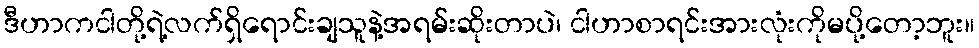
ဒီဟာကငါတို့ရဲ့လက်ရှိရောင်းချသူနဲ့အရမ်းဆိုးတာပဲ၊ ငါဟာစာရင်းအားလုံးကိုမပို့တော့ဘူး။